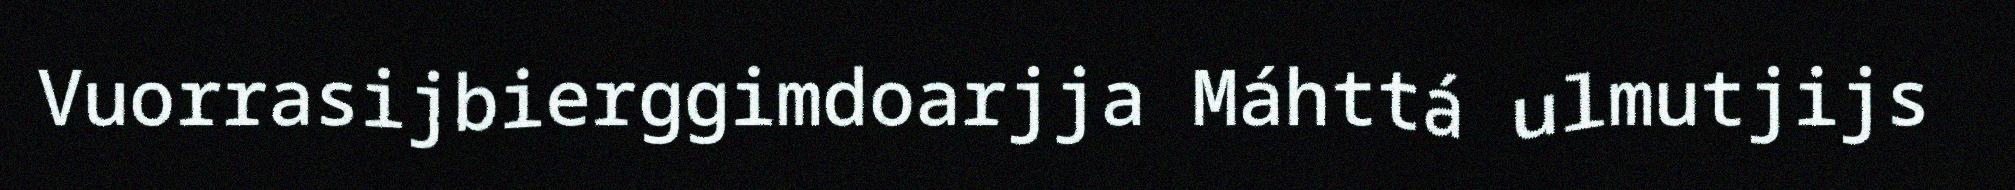
Vuorrasijbierggimdoarjja Máhttá ulmutjijs